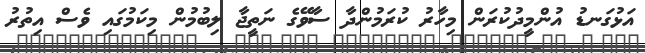
އަޅުގަނޑު އުންމީދުކުރަން މިހާރު ކުރަމުންދާ ސާވޭގެ ނަތީޖާ ލިބުމުން މިކަމުގައި ވެސް އިތުރު